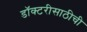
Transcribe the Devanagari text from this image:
डॉक्टरीसाठीची